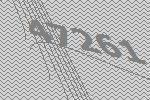
47261